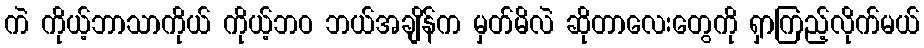
ကဲ ကိုယ့်ဘာသာကိုယ် ကိုယ့်ဘဝ ဘယ်အချိန်က မှတ်မိလဲ ဆိုတာလေးတွေကို ရှာကြည့်လိုက်မယ်